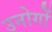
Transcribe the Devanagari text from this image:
उनोगों